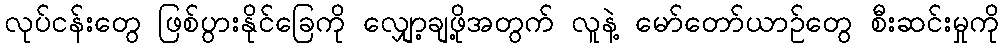
လုပ်ငန်းတွေ ဖြစ်ပွားနိုင်ခြေကို လျှော့ချဖို့အတွက် လူနဲ့ မော်တော်ယာဉ်တွေ စီးဆင်းမှုကို